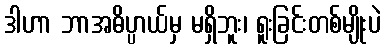
ဒါဟာ ဘာအဓိပ္ပာယ်မှ မရှိဘူး၊ ရူးခြင်းတစ်မျိုးပဲ